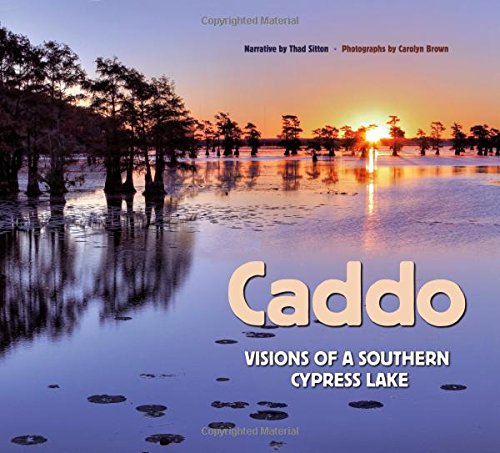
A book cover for Caddo: Visions of a Southern Cypress Lake (River Books, Sponsored by The Meadows Center for Water and the Environment, Texa); Science & Math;